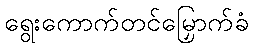
ရွေးကောက်တင်မြှောက်ခံ